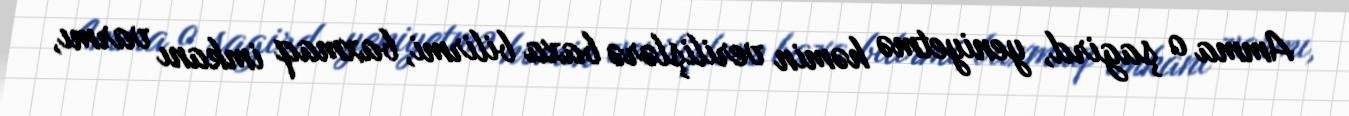
Amma o şagird, yeniyetmə həmin verilişlərə baxa bilirmi, baxmaq imkanı varmı,